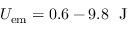
U _ { \mathrm { e m } } = 0 . 6 - 9 . 8 \ \mathrm { ~ J ~ }